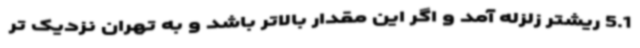
5.1 ریشتر زلزله آمد و اگر این مقدار بالاتر باشد و به تهران نزدیک تر